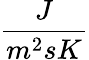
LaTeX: \frac{J}{m^{2}sK}